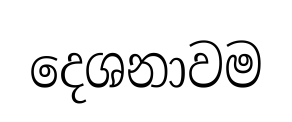
දෙශනාවම